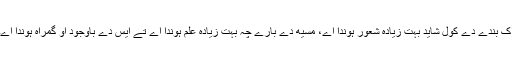
اک بندے دے کول شاید بہت زیادہ شعور ہوندا اے، مسیھ دے بارے چہ بہت زیادہ علم ہوندا اے تے ایس دے باوجود اُو گمراہ ہوندا اے۔